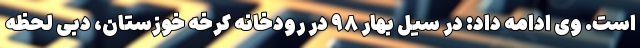
است. وی ادامه داد: در سیل بهار ۹۸ در رودخانه کرخه خوزستان، دبی لحظه